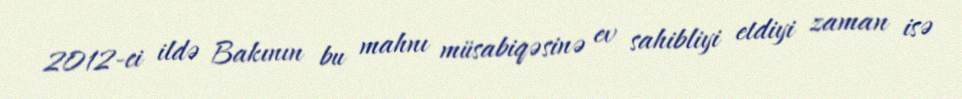
2012-ci ildə Bakının bu mahnı müsabiqəsinə ev sahibliyi etdiyi zaman isə